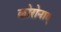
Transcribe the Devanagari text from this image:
कोरोनाए